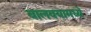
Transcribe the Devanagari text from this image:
बालवयामध्ये